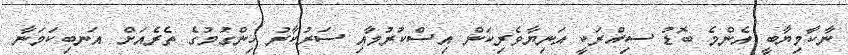
ނާކާމިޔާބީ އެންމެ ބޮޑު ސިއްރަކީ އަނިޔާވެރިކަން އިސްކުރުމާއި ސަރުކާރު ހިންގުމުގެ ތެރެއަށް އަނބިކަމަނާ